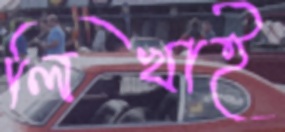
লিখাই